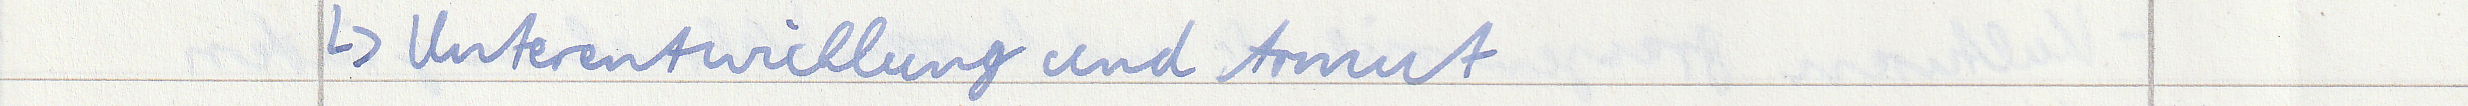
-> Unterentwicklung und Armut